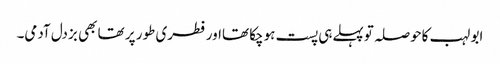
ابو لہب کاحوصلہ توپہلےہی پست ہوچکا تھااورفطری طور پر تھا بھی بزدل آدمی۔